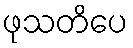
ဖုသတိပေ